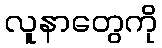
လူနာတွေကို